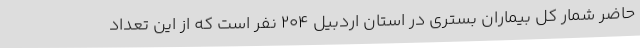
حاضر شمار کل بیماران بستری در استان اردبیل 204 نفر است که از این تعداد